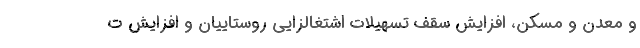
و معدن و مسکن، افزایش سقف تسهیلات اشتغالزایی روستاییان و افزایش ت